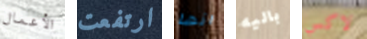
الأعمال ارتفعت انها باليه لاكس